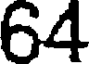
64